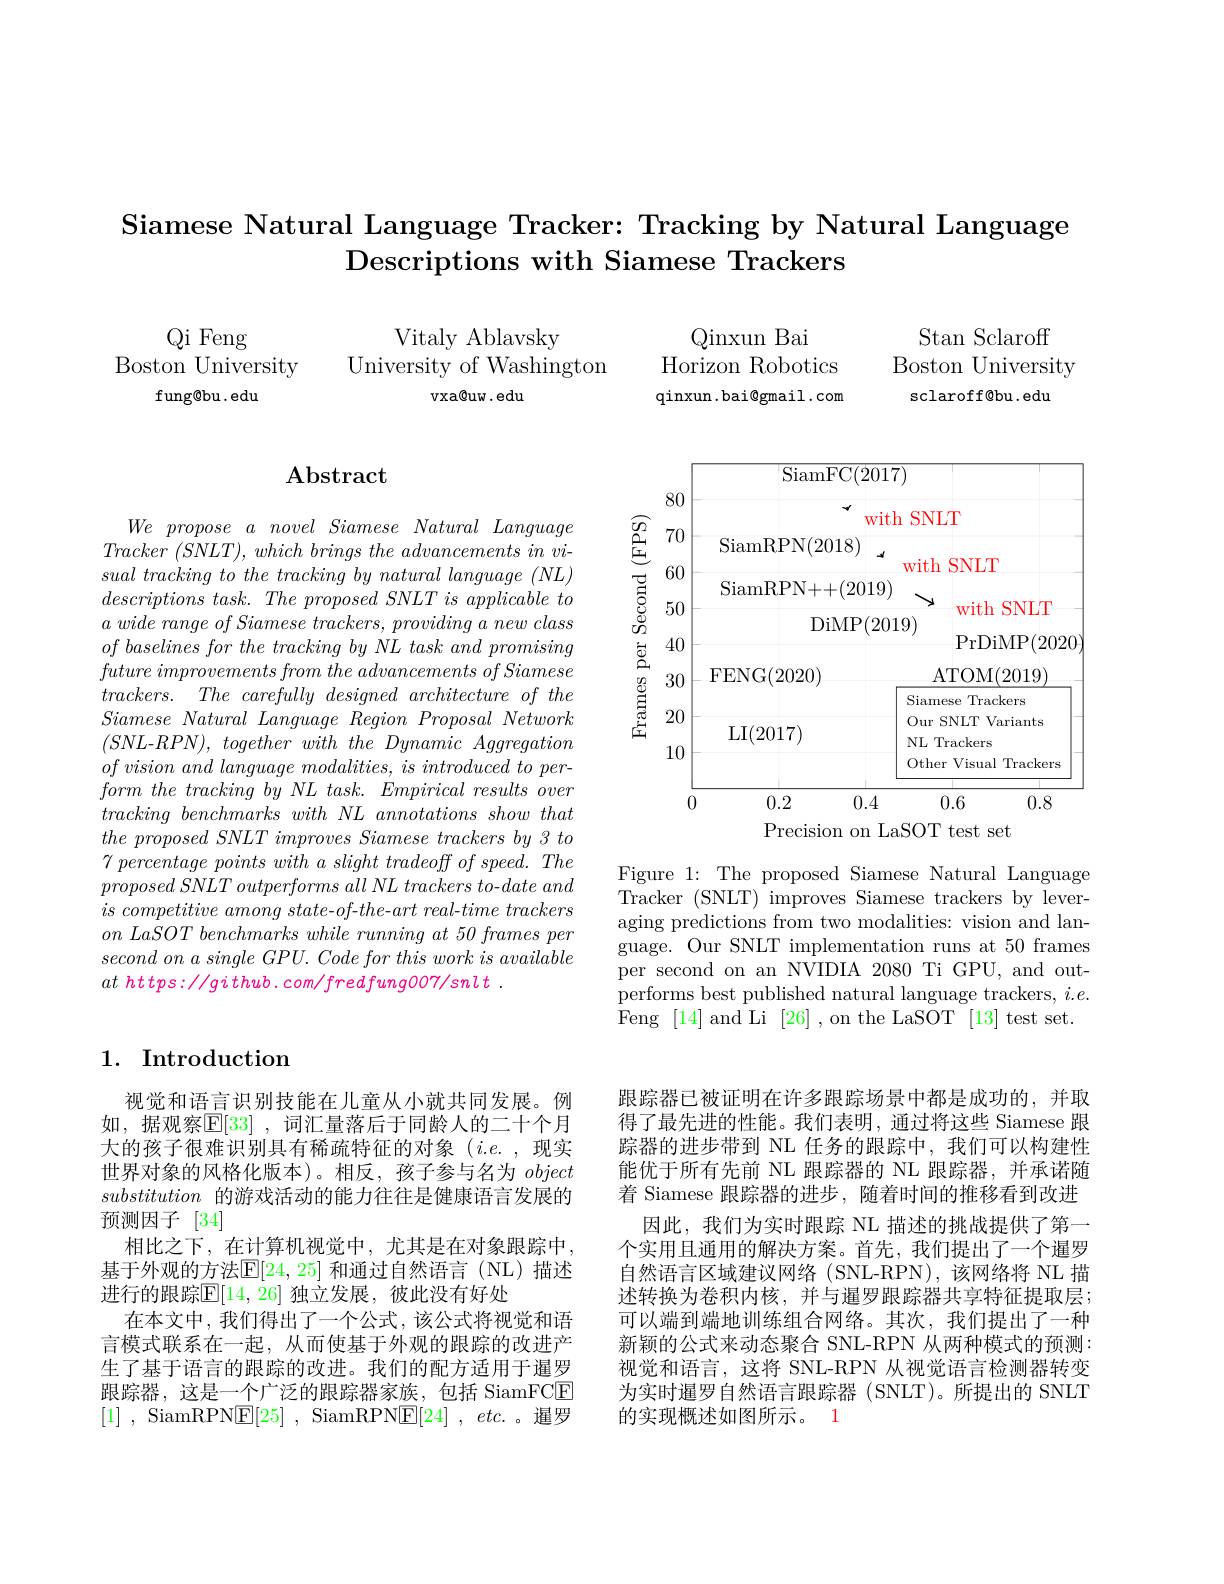
Siamese Natural Language Tracker: Tracking by Natural Language
Descriptions with Siamese Trackers

Qinxun Bai
Horizon Robotics qinxun .bai@gmail .com

Stan Sclaroff
Boston University
sclaroff@bu.edu

Qi Feng
Boston University
fung@bu.edu

Vitaly Ablavsky
University of Washington
vxa@uw.edu

# Abstract

$\mathop{\mathrm{SiamFC}}(2017)$
80
{} with SNLT
$\begin{array}{ll|l}{\widehat{\mathcal{G}}}&{70}&{\\\underline{\Xi}}{60}&{\mathrm{SiamRPN(2018)}}\end{array} $
with SNLT
$\begin{array}{cc|cc}{\textcircled{5}}&{60}&{\:\mathrm{SiamRPN++(2019)}}\\{\textcircled{5}}&{50}&{\:\mathrm{DiMP(201-1)}}\end{array}$
$\searrow$ with SNLT
$\operatorname{DiMP}(2019)$
PrDiMP(2020)
ATOM(2019)
Siamese Trackers
$\begin{array}{cc|ccc}{\vec{g}}&{30}&{\mathrm{FENG}(2020)}\\{\frac{g}{g}}&{30}&{\mathrm{FENG}(2020)}\\{\frac{g}{g}}&{20}&{\mathrm{LI}(2017)}\end{array}$
Our SNLT Variants
NL Trackers
10
Other Visual Trackers
0.2
0.4
0.6
0.8
0
Precision on LaSOT test set

$We$ propose $a$ novel Siamese Natural Language Tracker $( SNLT) $, which brings the advancements $in$ $vi-$ $sual\textit{ tracking to the tracking by natural language ( NL) }$ $descriptions\textit{ task. The proposed SNLT is applicable to}$ $a\textit{ wide range of Siamese trackers, providing a new class}$ $of\textit{ baselines for the tracking by NL task and promising}$ $future\textit{ improvements from the advancements of Siamese}$ $trackers.$ The carefully designed architecture $of$ the $Siamese\textit{ Natural Language Region Proposal Network}$ $(SNL$-$RPN) , \textit{ together with the Dynamic Aggregation}$ $of\textit{vision and language modalities, is introduced to per- }$ $form\textit{ the tracking by NL task. Empirical results over}$ tracking benchmarks with $NL$ annotations show that $the\textit{ proposed SNLT improves Siamese trackers by 3 to}$ $7\textit{ percentage points with a slight tradeoff of speed. The}$ $\dot {proposed}\dot {SNLT}\textit{outperforms all NL trackers to- date and}$ $is\textit{ competitive among state- of- the- art real- time trackers}$ $on\textit{ LaSOT benchmarks while running at 50 frames per}$ $second~on~a~single~GPU.~Code~for~this~work~is~available$ $at$ https://github.com/fredfung007/snlt.

Figure 1: The proposed Siamese Natural Language Tracker (SNLT) improves Siamese trackers by leveraging predictions from two modalities: vision and language. Our SNLT implementation runs at 50 frames per second on an NVIDIA 2080 Ti GPU, and outperforms best published natural language trackers, $i.e.$ Feng [14] and Li [26] ,on the LaSOT [13] test set.

### 1. Introduction

跟踪器已被证明在许多跟踪场景中都是成功的，并取得了最先进的性能。我们表明，通过将这些 Siamese 跟踪器的进步带到 NL 任务的跟踪中，我们可以构建性能优于所有先前 NL 跟踪器的 NL 跟踪器，并承诺随着 Siamese 跟踪器的进步 ,随着时间的推移看到改进
因此，我们为实时跟踪 NL 描述的挑战提供了第一个实用且通用的解决方案。首先，我们提出了一个暹罗自然语言区域建议网络 (SNL-RPN),该网络将 NL 描述转换为卷积内核，并与暹罗跟踪器共享特征提取层； 可以端到端地训练组合网络。其次，我们提出了一种新颖的公式来动态聚合 SNL-RPN 从两种模式的预测： 视觉和语言，这将 SNL-RPN 从视觉语言检测器转变为实时暹罗自然语言跟踪器 (SNLT)。所提出的 SNLT 的实现概述如图所示。1

视觉和语言识别技能在儿童从小就共同发展。例如，据观察$\overline{\mathbb{E}}[33]$ ,词汇量落后于同龄人的二十个月大的孩子很难识别具有稀疏特征的对象(i.e.,现实世界对象的风格化版本)。相反，孩子参与名为object substitution的游戏活动的能力往往是健康语言发展的预测因子[34]
相比之下，在计算机视觉中，尤其是在对象跟踪中， 基于外观的方法$\mathbb{E}[24,25]$ 和通过自然语言(NL)描述进行的跟踪$\mathbb{E}[14,26]$ 独立发展，彼此没有好处
在本文中，我们得出了一个公式，该公式将视觉和语言模式联系在一起，从而使基于外观的跟踪的改进产生了基于语言的跟踪的改进。我们的配方适用于暹罗跟踪器，这是一个广泛的跟踪器家族，包括 SiamFCE [1] , SiamRPN$\underline {\mathrm{E} }[ 25]$ , SiamRPN$\underline {\mathrm{E} }[ 24]$ , $etc.$。暹罗